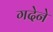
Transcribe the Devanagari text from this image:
गदेने